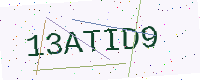
Text: 13ATID9